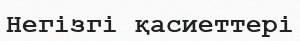
Негізгі қасиеттері